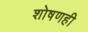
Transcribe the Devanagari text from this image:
शोषणही